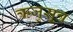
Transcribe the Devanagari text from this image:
ऋजुसूत्र